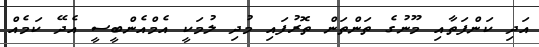
އަދި ކަންފަތާއި މޫނުގެ ތަންތަން ތޮރުފައި މުދި ލުމަކީ އެމްއެންބީސީ އެދޭ ކަމެއް